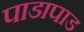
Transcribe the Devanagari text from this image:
पाडापाड